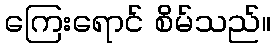
ကြေးရောင် စိမ်သည်။